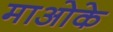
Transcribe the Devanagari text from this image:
माओके